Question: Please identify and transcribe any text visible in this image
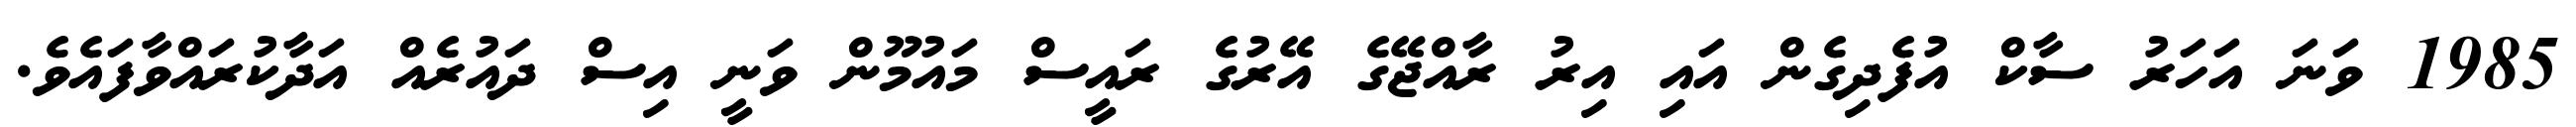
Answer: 1985 ވަނަ އަހަރު ސާކް އުފެދިގެން އައި އިރު ރާއްޖޭގެ އޭރުގެ ރައީސް މައުމޫން ވަނީ އިސް ދައުރެއް އަދާކުރައްވާފައެވެ.